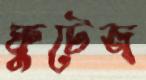
ফুটেজ